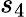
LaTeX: s_{4}